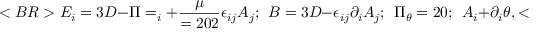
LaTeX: < B R > E _ { i } = 3 D - \Pi = _ { i } + { \frac { \mu } { = 2 0 2 } } \epsilon _ { i j } A _ { j } ; ~ ~ B = 3 D - \epsilon _ { i j } \partial _ { i } A _ { j } ; ~ ~ \Pi _ { \theta } = 2 0 ; ~ ~ A _ { i } + \partial _ { i } \theta , < B R > < B R >